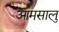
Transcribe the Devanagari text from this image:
आमसालु